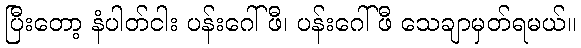
ပြီးတော့ နံပါတ်ငါး ပန်းဂေါ်ဖီ၊ ပန်းဂေါ်ဖီ သေချာမှတ်ရမယ်။